Tezpur Lunatic Asylum reports 1895-1904 - 1895-1904
Year: 1895
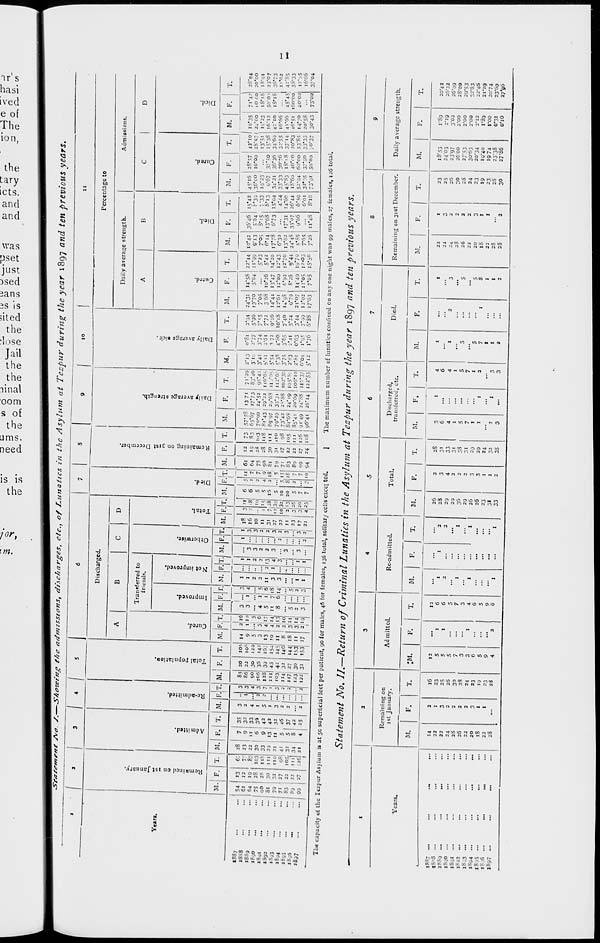
-J U\ JI 4k M to M O O CO *» 1
IJ U « IJ 10 IJ M IJ (O IJ
CO U CO O u OJ.J. Ij IJ
« H ;., |j 10 li ,] U « I)
i
i
■
ii ' >
i ■ : ■■■
•
i
t - ..
V. '. • . U 4- COO C
'i C > 0\
p
4» *0 Cn O Co co "^ On 'n on to
O<0 Cn C*J> Co vj on o\ a i
CO OS IJ 10 M M CO 10 10 to M
CO fcICO CA Cl O C7\OSO CO Q\
M M M U u » |j M J> W M
CO CO O 10 10 CO CO CO CO CO 10
Ul U 4> O O M CO — CO — CO
CO 10
M MSJU MJ> OlU
Coco
w*-vjcn*-^Ot**
U H « v] ui
Cn
M
IJ M M COCn
Cn
CO
tJ IJ tO M M U |J IJ IJ IJ Ij
CO CO M CO O N OI W+ u u
HMUUUlJUClM
W IJ IJ M IJ M I) OS 10 W to
O CO Co © OJ 4* COO ~ -" Co
10 IJ M M tJ CO 10 10 10 10 M
*0 CJ O O O O -I » Co 4- CO
Co Co' ^J #•" CJ' cf 'ji ri >B Oo"
Ot CO<-
Q vul ' 1
O O K M IJ IJ IJ
- Co' o
O ►- CO
o « o SO IJ o o o
H
~ IJ UO
\o cS^i
a
CIO 4-V3 P,U CO O *0 M 10
- i?
S 3
Bi.
C 3
POq
"43 0
• 3
H
c
s«
C7»
"»J>J
O
d
P
p
a
2
Admitted.
u
2
73
P
c
3
a.
*.
sa
5»
3
K.
3'
M
B
CO
a
H
3
cr
^
tx>
Q
•a
P
ts
c
>
c
3
Co K
«-K
»
«-».
a
^>
s B
•a
*>
8"
<V
S-
>o
•>
«
JN
1
p
ft
Pa £
^
lO
*-K
o
s
o*
•*
8
3
P
^
n
■$
o
**1
S3
*S
M
a
w
a
5
^■*
IN
cn
«
ff
p
»
*•».
«-•.
<v
<o
t»
*J.
-5
8
"St.
8
c
"^
8
Si
•—
<!>»»
^
l-J
^>
B-
.**
o
^
3
R
P
>i
5
8-
B
3
•^
B
»"
a
<*t
re
^
Si
5
*t
n
o
3
co
3
VO
*<1
O
=}
a
S
3
fc.
'<
O
*1.
3
t*>
8
\*
tra_
x
p
s- s q
<o
P
^
fb
a
■i^
"*
to
3
p
v. o«w *.£>" S'84?g4J
: i
K- 10 N to to (^ ,0 ,
M I. W M M C. ,,.. M(£J u ^
■ -
„ l>l MO *- V{^tj'> 'i
- il 1 V •*" U '•> t-1 CO IJ M lo
— ^UHNOUOIJjJCO
*COCnOi«colOO\«ovj
r
11
Remained on ist January,
IJ J> CO t. CO J> J> Co CO Co CO
H
Admitted.
K ti 4T, ov .° ~ woo co a>
_I0_C0 VJ4. CJ j-co oi o OvuT
£ n ^ V° *■ *■ " " <-' M ■->
•J-COSMOUUI
Q4. -o^jt^m^^g,
2
^
Rc-admittcd.
Total population.
COIOC-I:
co-en*: coco
J *
_ La to cn ! JU co O'.
Jk u
Cured.
Improved.
CO U — U M M H
-* M :
! u t OJ u u H ■
: col
w:
cotoucoco:
pa
H
tmJ_Co 'Q to IJ u co to M
M ** IJ " to ro co « — « «
*-*0Co~ u^--Oc?t™
^ co Co u o ^ v) i. ■
t-> ^
CJI Q Q>CJ IJ J OO ^I O QCN
*viviCno3cnL7>^CnCiO\
'■) :
u cocn I
u j>. u w '/i
o "Q ^i coai m OCO^NI H
;J u u u IJ u to IJ to HI •■
■t*^ M |«NJ - OCOOuOtO
coo\-cicoc M cocoifco
•ooMeo-Jvj *n -J:^ o\ cn
°J - tn M cj o# o - o cn M
-u- j* -t- o *»' IJ d -t.' o* c> cn
lo IJ IJ IJ IJ u U IJ KI u M
% *; °. *-. r , UJ v *o *. v.) w
r* jV'?^" - ^CJ O U WI N -J
_4*JO O VO ^ - UhHUH
UMOOO— M— O WO
U ''.* , C7> Cfl lg U ^ O Ji Co ^
Oi Co — ;>-. Lo Oi U. D\A J- Ij"
CJI *■< O -■ O -i cn JI :J O O
Cij O- lo w CJ './i Ui 'J- CO Co U
»- O GO CC *^i to 'JI — Jt*. *-" «i
to 4» HU Ji O) -u — — r. CJ
»- *- O 10 CO 4* o u CJ U O
•^I O O u <D\ y> *^J O, -vj -^1* Co
C\ ''i co M cn o IJ » J> M -
O -o o> 'vi -J o o M ^i Cn u
OO O J-* U 4* —* M *o - *o o
oco*-4- o coaucn C\4*
S ij - O I' to 4- Co *0 Co 4>
Ci O O -I ^ 0\*~ O O *■» CO
Co w v( o »/; - i. CQui O H
M » j> 7) ^ IJ U C . O. 4*
o O -U '-» y c o +• u •
O. Ui
Ui Ji O C\U C S O
4- CO
ui *J ^r va u to 4^ cn Cn w to
<->■ O *■"' 4- *'• 4- U 4- U O 4.
OuC+- CU O UU»»CJ>
*^1 >*J 'i« 4- 0> Ov.1 C\ »0 O O
u OI 7)4*. O'lo »-i — O^"***
C7\ LH Ul 00 IJ O 00 4* '-" CO M
•- .
VC Co *^l .
ow W<JI o>
J± •
CJ*o"co* *-o O — O-N
CO
C\-^i»-t
coCOCn*.C7\
CoOOiOi4*4'Cli CO*-^ "C U 1
NH* o* Cn 4-" O* 4." o - OJ' Co 4*
0\ ^ O 4^ 0 4.4. WUv. U
- I U Cn H 4> to W
w W i»
t,j u u r/i'-/i CJ J. <C 'O 0\ Ji
*o''.' d C^ T-W IJ Os 10 o -r
H ji 4- u CJ u - v " U O °*
cn co Os o> M co co OJ
*-• < J
O *•■* O O CO O O ^' ;
O CO
o '-" o r>" -" ■ i OJ" ui *
d -"
OOOOOOOiOO
o*-i
"-• 03 1/1 IJ 0) 01 OJ »« — IO 0>
O t,J OJ O *O u 4- Ji Co CO w
CO* 0J CO OC —" '-" 0> CO CM '41 -t
*^J CO J\ Oo 4> Cfi -O CO — "-I O
O O 4- O' - C^ » O O 4-" O
4." Oi -i 'Ji C7» C7i M M 10 O Co
0J 00 Q — y o o u CJ o en
•O
t> 0\ *- .
*- 'JI — - »■-!
en •
o o ui ;
w '» cn O >-
d*
do" 4>
H o - n J>
o,
o o_y>
co ^ c/. o 'J
_
U H « Ul 4. H O) IJ H IJ |J
»-J 0> " I CO I > — C7\ CO 0C O CO
O o\ iJ Co CO O " I 00 o >o*
4* Oi Ui U Ji 14 U si »• O 4»
Not improved.
p
"7T
Otherwise.
Total.
W
pa
H
Died.
Remaining on 31st December.
|i1
^
Daily average strength.
Daily average tick.
^5
^1
Currd.
>
p
U
P
n n
3
99
Died.
K
jr
►5
3
p
in
0
Cured.
O
>
BJ
3
3
Died.
O
I
S
i
il
u 1
KJ
to
is-
3
■«»
CO
-J
a
a*
•n
t-»
91{1
II